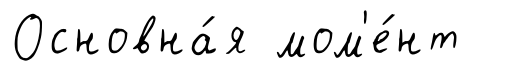
Основна́я мом'е́нт